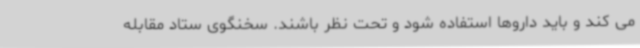
می کند و باید داروها استفاده شود و تحت نظر باشند. سخنگوی ستاد مقابله